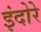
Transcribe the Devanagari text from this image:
इंदोरे